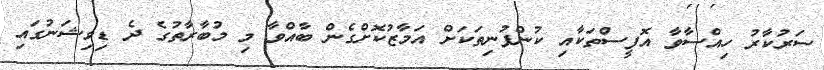
ސަރުކާރު ހިއްސާވާ އޮފީސްތަކާއި ކުންފުނިތަކަށް އަމާޒުކޮށްގެން ބާއްވާ މި މުބާރާތުގެ ދެ ޑިވިޝަނުގައި